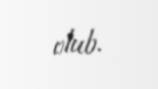
olub.